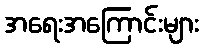
အရေးအကြောင်းများ